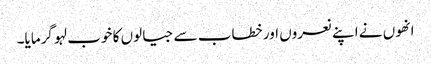
انھوں نے اپنے نعروں اور خطاب سے جیالوں کا خوب لہو گرمایا۔